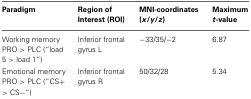
<table><thead><tr><td><b>Paradigm</b></td><td><b>Region of Interest (ROI)</b></td><td><b>MNI-coordinates (<i>x</i>/<i>y</i>/<i>z</i>)</b></td><td><b>Maximum <i>t</i>-value</b></td></tr></thead><tbody><tr><td>Working memory PRO &gt; PLC (“load 5 &gt; load 1”)</td><td>Inferior frontal gyrus L</td><td>−33/35/−2</td><td>6.87</td></tr><tr><td>Emotional memory PRO &gt; PLC (“CS+ &gt; CS−”)</td><td>Inferior frontal gyrus R</td><td>50/32/28</td><td>5.34</td></tr></tbody></table>